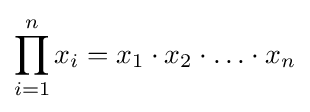
\prod _{i=1}^{n}x_{i}=x_{1}\cdot x_{2}\cdot \ldots \cdot x_{n}